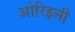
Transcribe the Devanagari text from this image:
ओरिइली